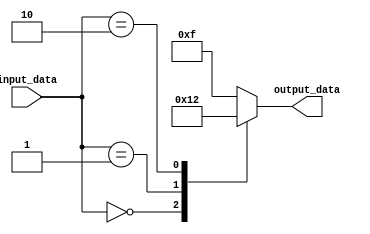
module don_t_care_case (
    input [2:0] input_data,
    output reg [3:0] output_data
);

always @*
begin
    case (input_data)
        3'b000: output_data = 4'b0000;
        3'b001: output_data = 4'b0001;
        3'b010: output_data = 4'b0010;
        default: output_data = 4'b1111;
    endcase
end

endmodule